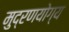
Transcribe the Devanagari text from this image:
मुद्रणयोग्य